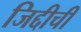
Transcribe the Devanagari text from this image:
जिद्दीची